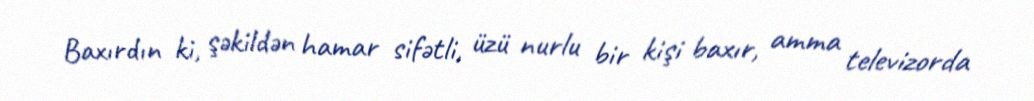
Baxırdın ki, şəkildən hamar sifətli, üzü nurlu bir kişi baxır, amma televizorda